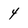
Character: 4